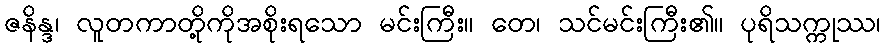
ဇနိန္ဒ၊ လူတကာတို့ကိုအစိုးရသော မင်းကြီး။ တေ၊ သင်မင်းကြီး၏။ ပုရိသက္ကုဿ၊